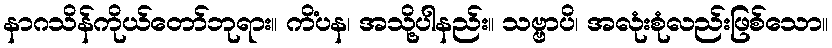
နာဂသိန်ကိုယ်တော်ဘုရား။ ကိံပန၊ အသို့ပါနည်း။ သဗ္ဗာပိ၊ အလုံးစုံလည်းဖြစ်သော။